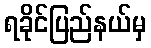
ရခိုင်ပြည်နယ်မှ